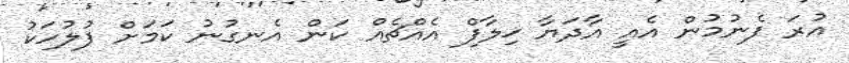
އުރަ ފެނުމުން އެއީ އާދަޔާ ޚިލާފް އެއްޗެއް ކަން އެނގުނު ކަމަށް ފުލުހަކު